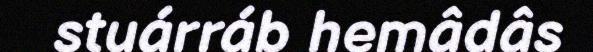
stuárráb hemâdâs